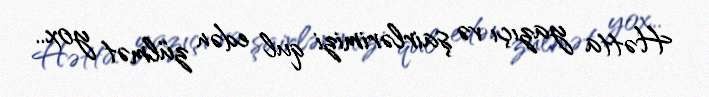
Hətta yazıçı və şairlərimizi qul edən zülmət yox..